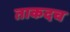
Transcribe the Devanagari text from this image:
ताकदच